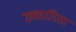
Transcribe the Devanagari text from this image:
उच्चारिता